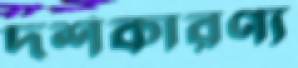
দর্শকারণ্য